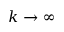
k \rightarrow \infty